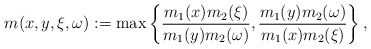
\begin{align*} m(x,y,\xi,\omega) := \max \left\{\frac{m_1(x)m_2(\xi)}{m_1(y)m_2(\omega)},\frac{m_1(y)m_2(\omega)}{m_1(x)m_2(\xi)}\right\}, \end{align*}